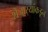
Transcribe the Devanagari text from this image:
शेजार्‍यांकडून